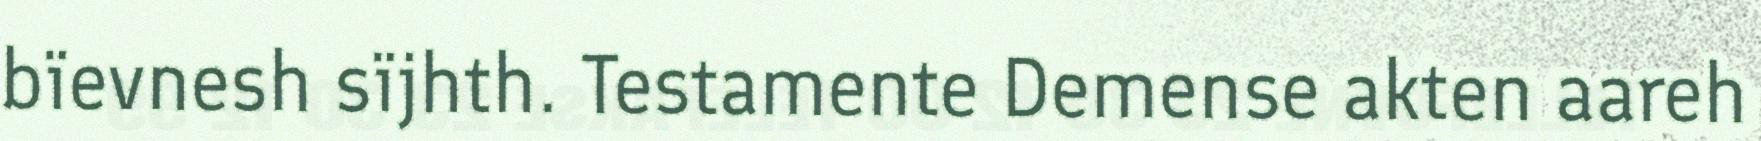
bïevnesh sïjhth. Testamente Demense akten aareh